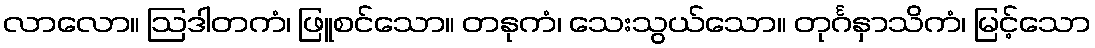
လာလော။ ဩဒါတကံ၊ ဖြူစင်သော။ တနုကံ၊ သေးသွယ်သော။ တုင်္ဂနှာသိကံ၊ မြင့်သော